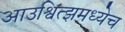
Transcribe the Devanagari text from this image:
आउश्वित्झमध्येच